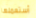
أستعملها